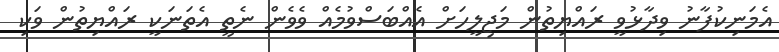
އެމަނިކުފާނު ވިދާޅުވީ ރައްޔިތުން މަޖިލީހަށް އެއްބަސްވުމެއް ވެވެން ނެތީ އެތަނަކީ ރައްޔިތުން ވަކި